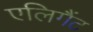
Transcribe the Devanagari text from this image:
एलिगैंट